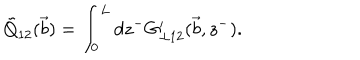
LaTeX: \tilde { Q } _ { 1 2 } ( \vec { b } ) = \int _ { 0 } ^ { L } d z ^ { - } G _ { \bot 1 2 } ^ { \prime } ( { \vec { b } } , z ^ { - } ) .